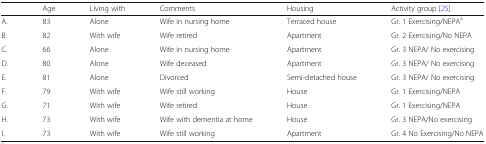
<table><thead><tr><td></td><td><b>Age</b></td><td><b>Living with</b></td><td><b>Comments</b></td><td><b>Housing</b></td><td><b>Activity group [25]</b></td></tr></thead><tbody><tr><td>A.</td><td>83</td><td>Alone</td><td>Wife in nursing home</td><td>Terraced house</td><td>Gr. 1 Exercising/NEPA<sup>a</sup></td></tr><tr><td>B.</td><td>82</td><td>With wife</td><td>Wife retired</td><td>Apartment</td><td>Gr. 2 Exercising/No NEPA</td></tr><tr><td>C.</td><td>66</td><td>Alone</td><td>Wife in nursing home</td><td>Apartment</td><td>Gr. 3 NEPA/ No exercising</td></tr><tr><td>D.</td><td>80</td><td>Alone</td><td>Wife deceased</td><td>Apartment</td><td>Gr. 3 NEPA/ No exercising</td></tr><tr><td>E.</td><td>81</td><td>Alone</td><td>Divorced</td><td>Semi-detached house</td><td>Gr. 3 NEPA/ No exercising</td></tr><tr><td>F.</td><td>79</td><td>With wife</td><td>Wife still working</td><td>House</td><td>Gr. 1 Exercising/NEPA</td></tr><tr><td>G.</td><td>71</td><td>With wife</td><td>Wife retired</td><td>House</td><td>Gr. 1 Exercising/NEPA</td></tr><tr><td>H.</td><td>73</td><td>With wife</td><td>Wife with dementia at home</td><td>House</td><td>Gr. 3 NEPA/No exercising</td></tr><tr><td>I.</td><td>73</td><td>With wife</td><td>Wife still working</td><td>Apartment</td><td>Gr. 4 No Exercising/No NEPA</td></tr></tbody></table>